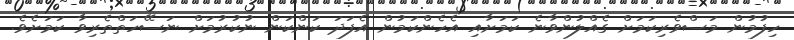
ހިފުމުން މަސްވެރިކަމަށް ގެއްލުންވާނެ ކަމަށާއި އެހެންކަމުން އެފަދަ ކަންކަން ނުކުރުމަށް ނަސޭހަތްތެރިވާ ކަމަށެވެ.